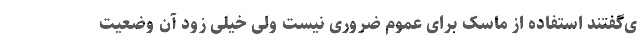
ی‌گفتند استفاده از ماسک برای عموم ضروری نیست ولی خیلی زود آن وضعیت